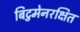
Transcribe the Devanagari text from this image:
बिटुमेनरक्षित